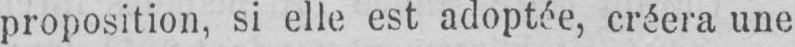
proposition, si elle est adoptée, créera une